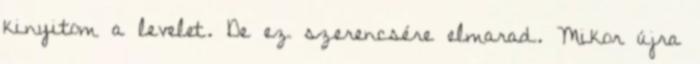
kinyitom a levelet. De ez szerencsére elmarad. Mikor újra